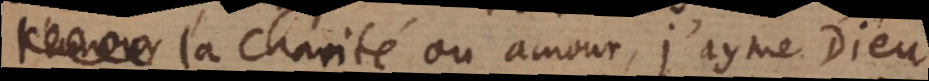
r la charité ou amour, j’aime Dieu.